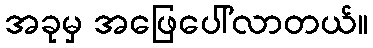
အခုမှ အဖြေပေါ်လာတယ်။